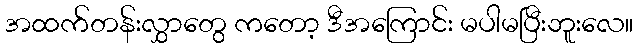
အထက်တန်းလွှာတွေ ကတော့ ဒီအကြောင်း မပါမပြီးဘူးလေ။